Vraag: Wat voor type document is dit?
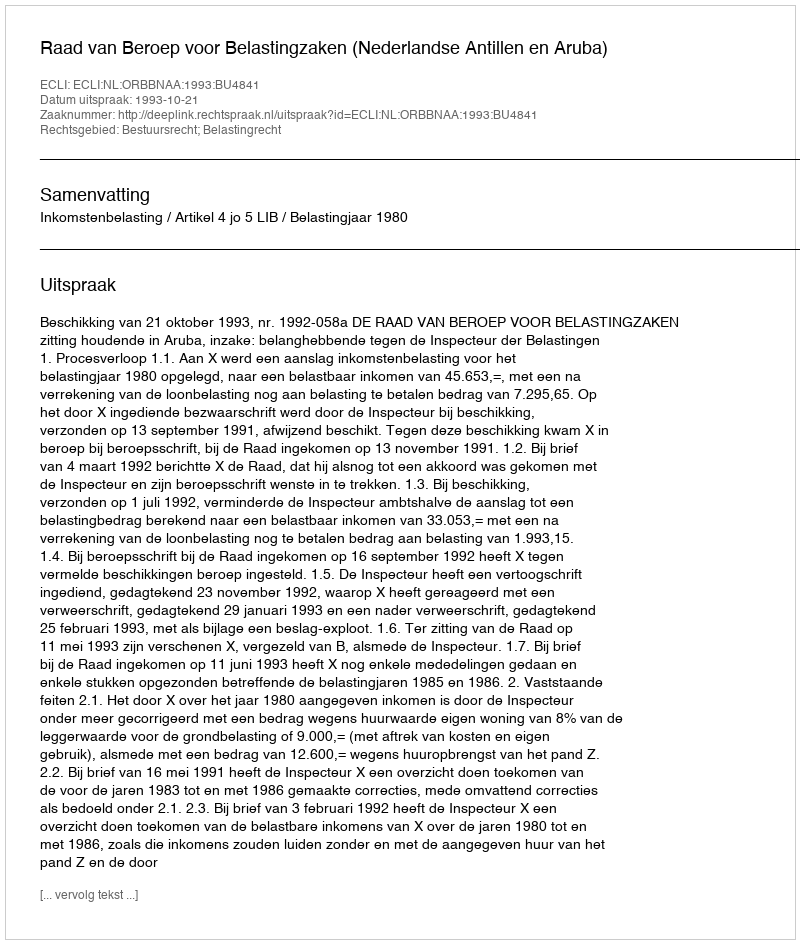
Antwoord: Uitspraak